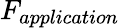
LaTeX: F_{application}